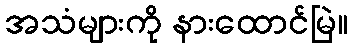
အသံများကို နားထောင်မြဲ။